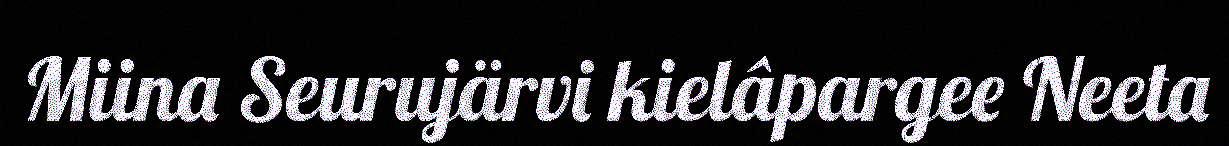
Miina Seurujärvi kielâpargee Neeta